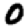
Digit: 0